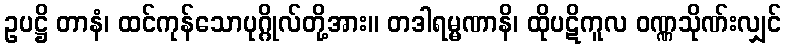
ဥပဋ္ဌိ တာနံ၊ ထင်ကုန်သောပုဂ္ဂိုလ်တို့အား။ တဒါရမ္မဏာနိ၊ ထိုပဋိကူလ ဝဏ္ဏသိုဏ်းလျှင်